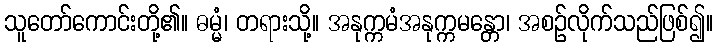
သူတော်ကောင်းတို့၏။ ဓမ္မံ၊ တရားသို့။ အနုက္ကမံအနုက္ကမန္တော၊ အစဉ်လိုက်သည်ဖြစ်၍။